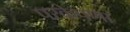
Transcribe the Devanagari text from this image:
परकेपणा